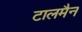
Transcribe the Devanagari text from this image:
टालमैन